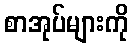
စာအုပ်များကို